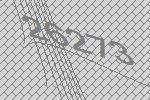
26273